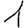
Digit: 1